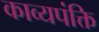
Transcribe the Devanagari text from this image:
काव्यपंक्ति